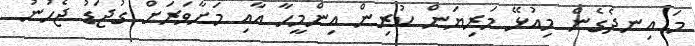
މަ އިނދެގެން މިއުޅޭ މަރިޔަން ކުރިން އިންމީހާ އާއި މަށާވަރަށް ގުޖަޑު ޖެހުނު